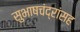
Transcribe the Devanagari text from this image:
सुभाषचंद्रांसह